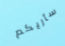
سأريكم